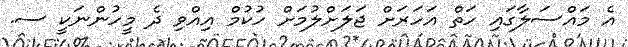
އެ މައްސަލާގައި ހަތް އަހަރަށް ޖަލަށްލުމަށް ހުކުމް އިއްވި ދެ މީހުންނަކީ ސ.